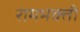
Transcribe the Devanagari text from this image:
रामभक्ती